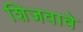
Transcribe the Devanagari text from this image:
शिजवावे